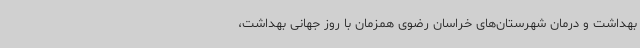
بهداشت و درمان شهرستان‌های خراسان رضوی همزمان با روز جهانی بهداشت،